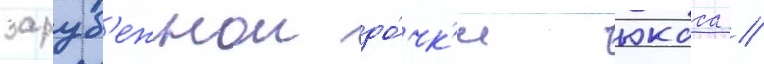
заруб'ежнои до́чк'и юкоса //